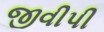
જીવીપી